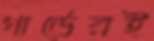
গার্ডেরই